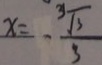
x = - \frac { \sqrt [ 3 ] { 3 } } { 3 }